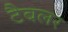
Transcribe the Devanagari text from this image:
टैबलर